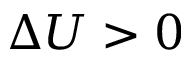
\Delta U > 0